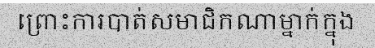
ព្រោះការបាត់សមាជិកណាម្នាក់ក្នុង